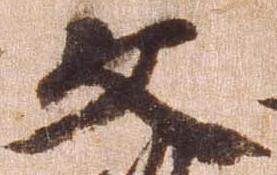
文